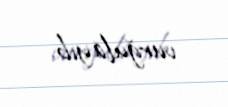
vurğulayıb.